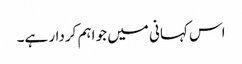
اس کہانی میں جو اہم کردار ہے۔